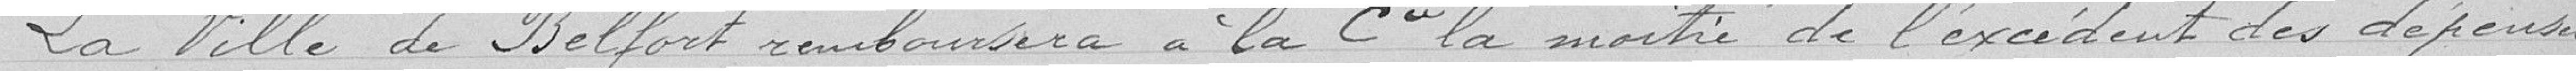
La ville de Belfort remboursera à la Compagnie la moitié de l'excédent des dépenses